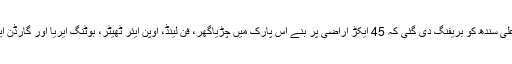
وزیرِ اعلیٰ سندھ کو بریفنگ دی گئی کہ 45 ایکڑ اراضی پر بنے اس پارک میں چڑیاگھر، فن لینڈ، اوپن ایئر ٹھیٹر، بوٹنگ ایریا اور گارڈن ایریا ہیں۔